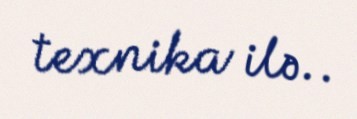
texnika ilə..